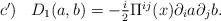
LaTeX: \begin{align*}\begin{array}{lr}c')& D_1(a,b)=-\frac{i}2\Pi ^{ij}(x)\partial_ia\partial_jb.\end{array}\end{align*}